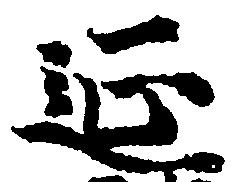
延